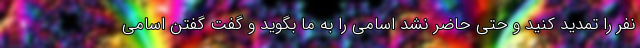
نفر را تمدید کنید و حتی حاضر نشد اسامی را به ما بگوید و گفت گفتن اسامی